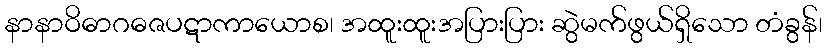
နာနာဝိဓာဂဓဇပဋာကာယောစ၊ အထူးထူးအပြားပြား ဆွဲမက်ဖွယ်ရှိသော တံခွန်၊